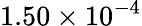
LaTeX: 1.50\times 10^{-4}